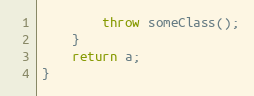
Language: C++
        throw someClass();
    }
    return a;
}